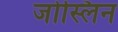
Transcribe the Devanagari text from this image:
जोस्लिन